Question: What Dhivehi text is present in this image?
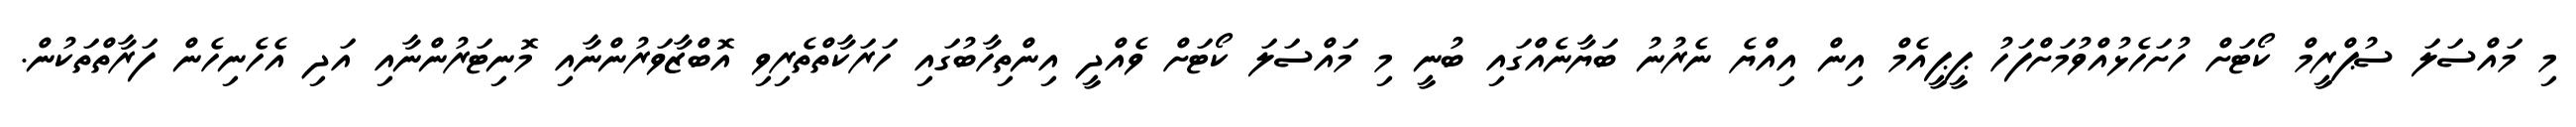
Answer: މި މައްސަލަ ސުޕްރީމް ކޯޓަށް ހުށަހެޅުއްވުމަށްފަހު ޕީޕީއެމް އިން އިއްޔެ ނެރުނު ބަޔާނެއްގައި ބުނީ މި މައްސަލަ ކޯޓަށް ވެއްދީ އިންތިހާބުގައި ހަރަކާތްތެރިވި އޮބްޒާވަރުންނާއި މޮނިޓަރުންނާއި އަދި އެހެނިހެން ފަރާތްތަކުން.